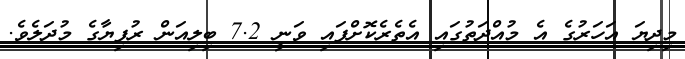
މިދިޔަ އަހަރުގެ އެ މުއްދަތުގައި އެތެރެކޮށްފައި ވަނީ 7.2 ބިލިއަން ރުފިޔާގެ މުދަލެވެ.